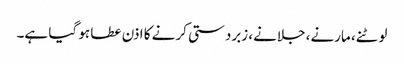
لوٹنے، مارنے، جلانے، زبردستی کرنے کا اذن عطا ہو گیا ہے۔